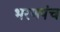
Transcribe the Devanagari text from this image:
भरणपंच